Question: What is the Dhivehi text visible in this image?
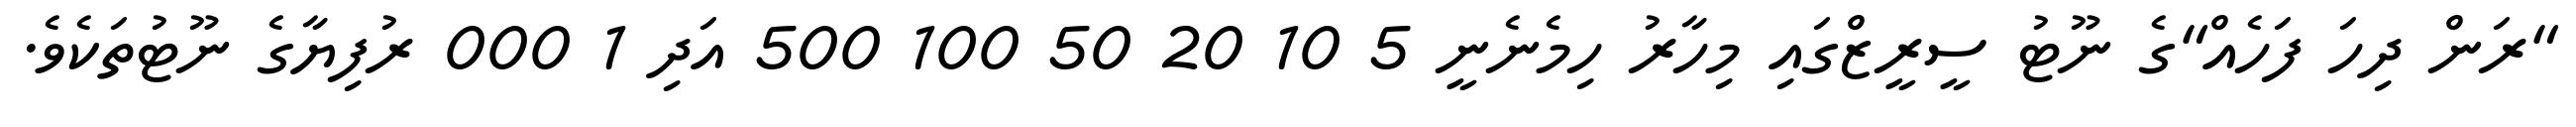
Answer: "ރަން ދިހަ ފަހެއް"ގެ ނޫޓު ސީރީޒްގައި މިހާރު ހިމެނެނީ 5 10 20 50 100 500 އަދި 1 000 ރުފިޔާގެ ނޫޓުތަކެވެ.